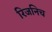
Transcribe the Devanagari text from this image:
रिजनिच